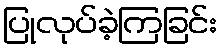
ပြုလုပ်ခဲ့ကြခြင်း